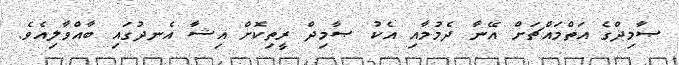
ޞާމިދްގެ އަތްމައްޗަށް އޭނާ ދެމުމާއި އެކު ޞާމިދް ރީތިކޮށް އިޝާ އެނދުގައި ބާއްވާލިއެވެ.